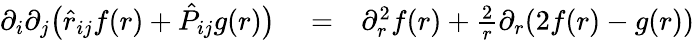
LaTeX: \begin{array}{rlr}{\partial_{i}\partial_{j}\bigl(\hat{r}_{ij}f(r)+\hat{P}_{ij}g(r)\bigl)}&{{}=}&{\partial_{r}^{2}f(r)+\frac{2}{r}\partial_{r}(2f(r)-g(r))}\end{array}